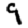
Digit: 9